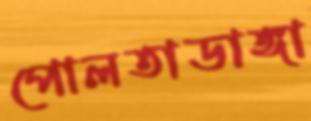
পোলতাডাঙ্গা